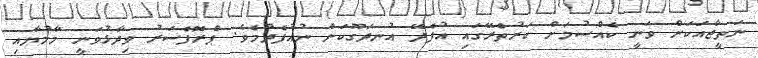
ނަތީޖާއަކަށް ވަނީ ކެއްސުމަށް ކަރުތެރޭގައި އުފެދޭ އުނދަގޫކަން ނުއުފެދުމެވެ. ޕްރޮފެސަރު ވިދާޅުވަނީ މާމުޔާއި